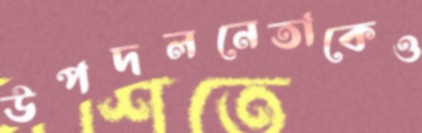
উপদলনেতাকেও